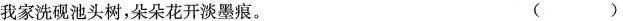
我家洗砚池头树，朵朵花开淡墨痕。 ()